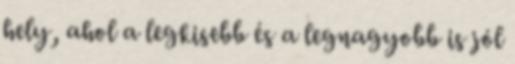
hely, ahol a legkisebb és a legnagyobb is jól